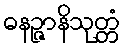
ဓနဉ္ဇာနိသုတ္တံ